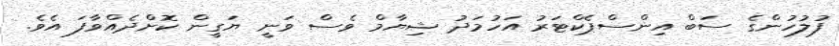
ފުލުހުންގެ ސަބް އިންސްޕެކްޓަރު އަހުމަދު ޝިޔާމް ވެސް ވަނީ ޔަގީން ކޮށްދެއްވާފަ އެވެ.